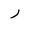
Letter: _ra